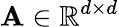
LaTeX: \mathbf{A}\in\mathbb{R}^{d\times d}